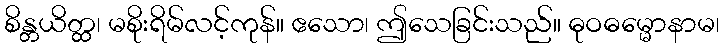
စိန္တယိတ္ထ၊ မစိုးရိမ်လင့်ကုန်။ ဧသော၊ ဤသေခြင်းသည်။ ဓုဝဓမ္မောနာမ၊